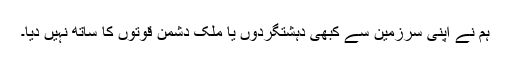
ہم نے اپنی سرزمین سے کبھی دہشتگردوں یا ملک دشمن قوتوں کا ساتھ نہیں دیا۔